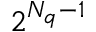
2 ^ { N _ { q } - 1 }